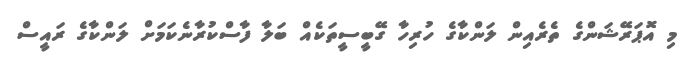
މި އޮޕަރޭޝަންގެ ތެރެއިން ލަންކާގެ ހުރިހާ ގޭބީސީތަކެއް ބަލާ ފާސްކުރާނެކަމަށް ލަންކާގެ ރައީސް